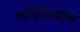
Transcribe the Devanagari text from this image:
कवितेच्याच